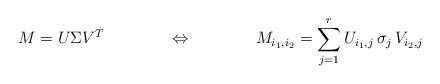
LaTeX: \begin{align*}M &= U \Sigma V^T &\Leftrightarrow&& M_{i_1,i_2} &= \sum_{j=1}^r U_{i_1,j}\, \sigma_j\, V_{i_2,j}\end{align*}